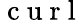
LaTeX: \mathrm{~c~u~r~l~}